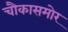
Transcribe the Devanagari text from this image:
चौकासमोर